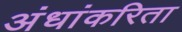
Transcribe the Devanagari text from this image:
अंधांकरिता